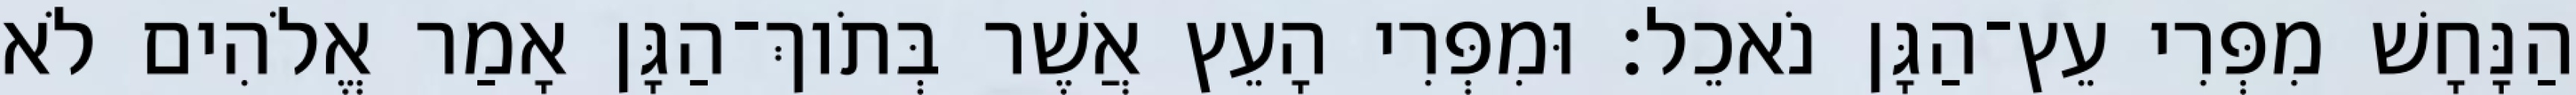
הַנָּחָשׁ מִפְּרִי עֵץ־הַגָּן נֹאכֵל׃ וּמִפְּרִי הָעֵץ אֲשֶׁר בְּתֹוךְ־הַגָּן אָמַר אֱלֹהִים לֹא